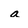
Character: a